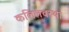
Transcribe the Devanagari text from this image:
कलिलवस्था